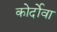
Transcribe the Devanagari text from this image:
कोर्दोवा